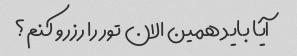
آیا باید همین الان تور را رزرو کنم؟